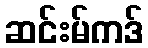
ဆင်းမ်ကဒ်